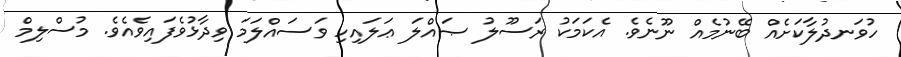
ހުވަނދުލާކަށެއް ބޭނުމެއް ނޫނެވެ. އެކަމަކު ރަސޫލު ޞައްލަ ޢަލައިހި ވަސައްލަމަ ވިދާޅުވެފައިވެއެވެ. މުސްލިމް